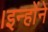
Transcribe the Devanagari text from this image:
।इन्हाेंने